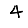
Digit: 4